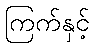
ကြက်နှင့်